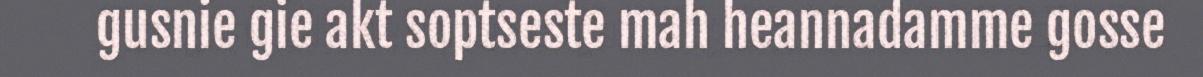
gusnie gie akt soptseste mah heannadamme gosse